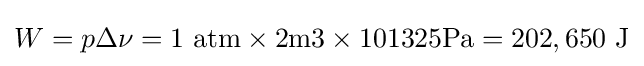
W={p\Delta \nu }=1~{\text{atm}}\times 2{\text{m3}}\times 101325{\text{Pa}}=202,650{\text{ J}}